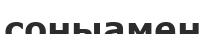
соныамен